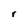
Character: r